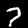
Label: 7